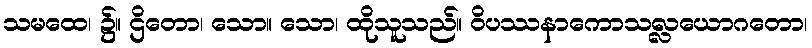
သမထေ၊ ၌။ ဌိတော၊ သော။ သော၊ ထိုသူသည်။ ဝိပဿနာကောသလ္လယောဂတော၊